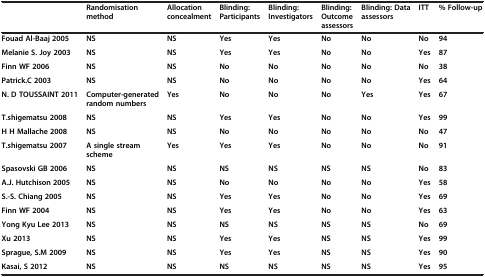
<table><thead><tr><td><b> </b></td><td><b>Randomisation method</b></td><td><b>Allocation concealment</b></td><td><b>Blinding: Participants</b></td><td><b>Blinding: Investigators</b></td><td><b>Blinding: Outcome assessors</b></td><td><b>Blinding: Data assessors</b></td><td><b>ITT</b></td><td><b>% Follow-up</b></td></tr></thead><tbody><tr><td><b>Fouad Al-Baaj 2005</b></td><td><b>NS</b></td><td><b>NS</b></td><td><b>Yes</b></td><td><b>Yes</b></td><td><b>No</b></td><td><b>No</b></td><td><b>No</b></td><td><b>94</b></td></tr><tr><td><b>Melanie S. Joy 2003</b></td><td><b>NS</b></td><td><b>NS</b></td><td><b>Yes</b></td><td><b>Yes</b></td><td><b>No</b></td><td><b>No</b></td><td><b>Yes</b></td><td><b>87</b></td></tr><tr><td><b>Finn WF 2006</b></td><td><b>NS</b></td><td><b>NS</b></td><td><b>No</b></td><td><b>No</b></td><td><b>No</b></td><td><b>No</b></td><td><b>No</b></td><td><b>38</b></td></tr><tr><td><b>Patrick.C 2003</b></td><td><b>NS</b></td><td><b>NS</b></td><td><b>No</b></td><td><b>No</b></td><td><b>No</b></td><td><b>No</b></td><td><b>Yes</b></td><td><b>64</b></td></tr><tr><td><b>N. D TOUSSAINT 2011</b></td><td><b>Computer-generated random numbers</b></td><td><b>Yes</b></td><td><b>No</b></td><td><b>No</b></td><td><b>No</b></td><td><b>Yes</b></td><td><b>Yes</b></td><td><b>67</b></td></tr><tr><td><b>T.shigematsu 2008</b></td><td><b>NS</b></td><td><b>NS</b></td><td><b>Yes</b></td><td><b>Yes</b></td><td><b>No</b></td><td><b>No</b></td><td><b>Yes</b></td><td><b>99</b></td></tr><tr><td><b>H H Mallache 2008</b></td><td><b>NS</b></td><td><b>NS</b></td><td><b>No</b></td><td><b>No</b></td><td><b>No</b></td><td><b>No</b></td><td><b>No</b></td><td><b>47</b></td></tr><tr><td><b>T.shigematsu 2007</b></td><td><b>A single stream scheme</b></td><td><b>Yes</b></td><td><b>Yes</b></td><td><b>Yes</b></td><td><b>No</b></td><td><b>No</b></td><td><b>No</b></td><td><b>91</b></td></tr><tr><td><b>Spasovski GB 2006</b></td><td><b>NS</b></td><td><b>NS</b></td><td><b>NS</b></td><td><b>NS</b></td><td><b>NS</b></td><td><b>NS</b></td><td><b>No</b></td><td><b>83</b></td></tr><tr><td><b>A.J. Hutchison 2005</b></td><td><b>NS</b></td><td><b>NS</b></td><td><b>No</b></td><td><b>No</b></td><td><b>No</b></td><td><b>No</b></td><td><b>Yes</b></td><td><b>58</b></td></tr><tr><td><b>S.-S. Chiang 2005</b></td><td><b>NS</b></td><td><b>NS</b></td><td><b>Yes</b></td><td><b>Yes</b></td><td><b>No</b></td><td><b>No</b></td><td><b>Yes</b></td><td><b>69</b></td></tr><tr><td><b>Finn WF 2004</b></td><td><b>NS</b></td><td><b>NS</b></td><td><b>Yes</b></td><td><b>Yes</b></td><td><b>No</b></td><td><b>No</b></td><td><b>Yes</b></td><td><b>63</b></td></tr><tr><td><b>Yong Kyu Lee 2013</b></td><td><b>NS</b></td><td><b>NS</b></td><td><b>NS</b></td><td><b>NS</b></td><td><b>NS</b></td><td><b>NS</b></td><td><b>No</b></td><td><b>69</b></td></tr><tr><td><b>Xu 2013</b></td><td><b>NS</b></td><td><b>NS</b></td><td><b>Yes</b></td><td><b>Yes</b></td><td><b>NS</b></td><td><b>NS</b></td><td><b>Yes</b></td><td><b>99</b></td></tr><tr><td><b>Sprague, S.M 2009</b></td><td><b>NS</b></td><td><b>NS</b></td><td><b>Yes</b></td><td><b>Yes</b></td><td><b>NS</b></td><td><b>NS</b></td><td><b>Yes</b></td><td><b>90</b></td></tr><tr><td><b>Kasai, S 2012</b></td><td><b>NS</b></td><td><b>NS</b></td><td><b>NS</b></td><td><b>NS</b></td><td><b>NS</b></td><td><b>NS</b></td><td><b>Yes</b></td><td><b>95</b></td></tr></tbody></table>